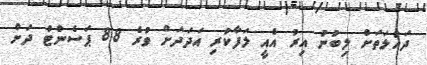
ދައުލަތަށް ލިބުނު އިރު އެއީ ލަފާކުރި އަދަދަށް ވުރެ 8.8 ޕަސެންޓް ދަށް